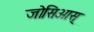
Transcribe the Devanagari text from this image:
जोसिआस्